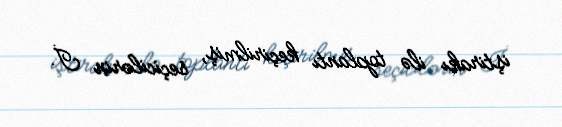
iştirakı ilə toplantı keçirilmiş, seçicilərin İ.